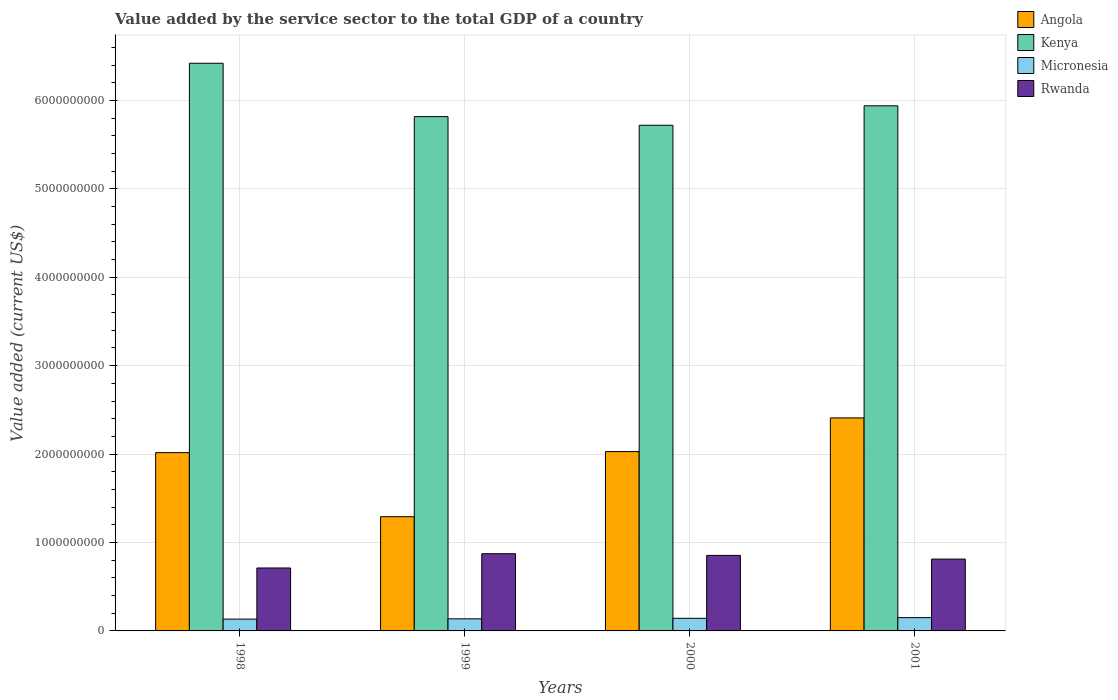
| Years | Angola | Kenya | Micronesia | Rwanda |
 | --- | --- | --- | --- | --- |
 | 1998 | 2.02e+09 | 6.42e+09 | 1.34e+08 | 7.12e+08 |
 | 1999 | 1.29e+09 | 5.82e+09 | 1.37e+08 | 8.73e+08 |
 | 2000 | 2.03e+09 | 5.72e+09 | 1.43e+08 | 8.54e+08 |
 | 2001 | 2.41e+09 | 5.94e+09 | 1.5e+08 | 8.12e+08 |